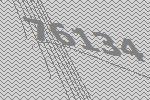
76134